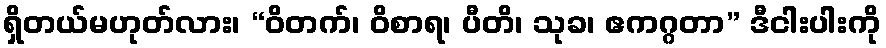
ရှိတယ်မဟုတ်လား၊ “ဝိတက်၊ ဝိစာရ၊ ပီတိ၊ သုခ၊ ဧကဂ္ဂတာ” ဒီငါးပါးကို